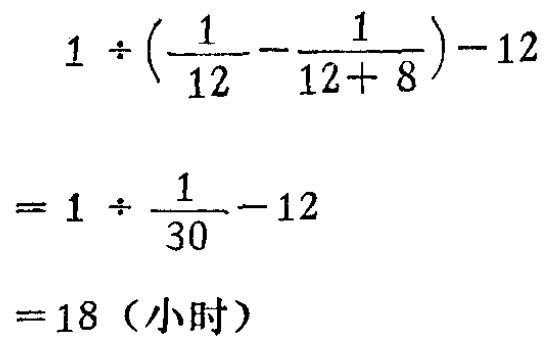
\[

\begin{align*}

&1\div(\frac{1}{12}-\frac{1}{12 + 8})-12\\

=&1\div\frac{1}{30}-12\\

=&18（\text{小时}）

\end{align*}

\]